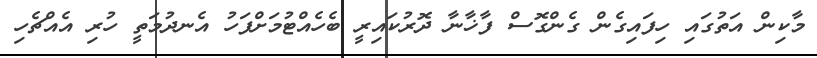
މާކިން އަތުގައި ހިފައިގެން ގެންގޮސް ފާޚާނާ ދޮރުކައިރީ ބެހެއްޓުމަށްފަހު އެނދުމަތީ ހުރި އެއްޗެހި